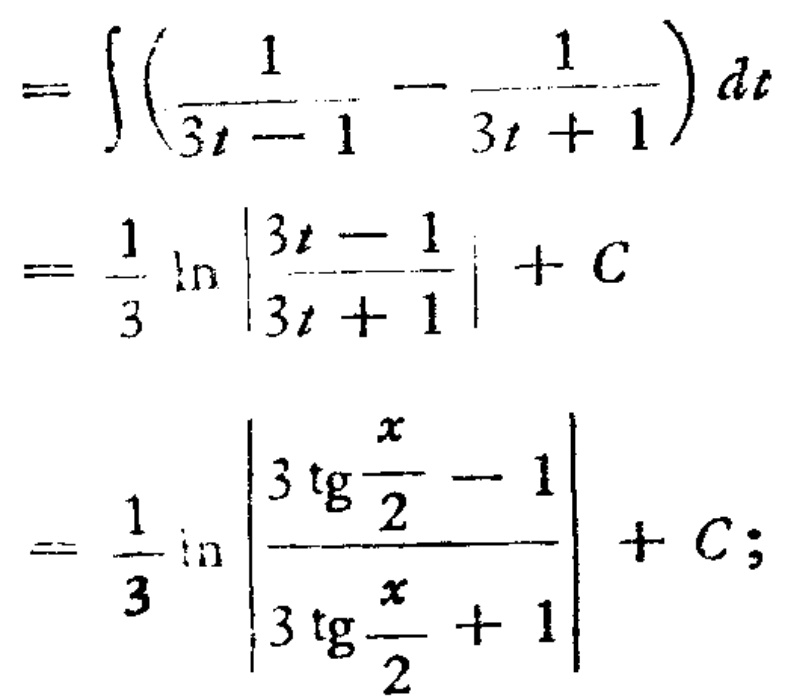
\[

\begin{align*}

&=\int\left(\frac{1}{3t - 1}-\frac{1}{3t + 1}\right)dt\\

&=\frac{1}{3}\ln\left|\frac{3t - 1}{3t + 1}\right|+C\\

&=\frac{1}{3}\ln\left|\frac{3\mathrm{tg}\frac{x}{2}-1}{3\mathrm{tg}\frac{x}{2}+1}\right|+C;

\end{align*}

\]